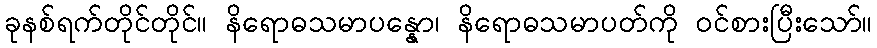
ခုနစ်ရက်တိုင်တိုင်။ နိရောဓသမာပန္နော၊ နိရောဓသမာပတ်ကို ဝင်စားပြီးသော်။